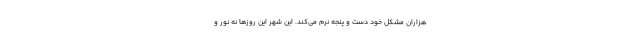
هزاران مشکل خود دست و پنجه نرم می‌کند. این شهر این روزها نه نور و